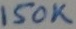
Text: 150K